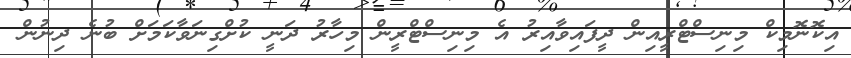
އިކޮނޮމިކް މިނިސްޓްރީއިން ދީފައިވާއިރު އެ މިނިސްޓްރީން މިހާރު ދަނީ ކުށްގިނަވާކަމަށް ބުނެ ދިނުން